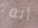
أنه